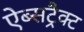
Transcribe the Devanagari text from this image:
ऐब्सट्रैक्ट